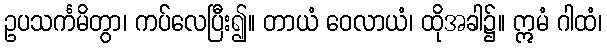
ဥပသင်္ကမိတွာ၊ ကပ်လေပြီး၍။ တာယံ ဝေလာယံ၊ ထိုအခါ၌။ ဣမံ ဂါထံ၊